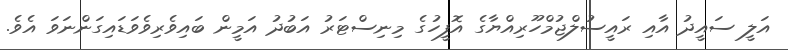
އަލީ ސައީދު އާއި ރައީސުލްޖުމްހޫރިއްޔާގެ އޮފީހުގެ މިނިސްޓަރު އަބުދު އަމީން ބައިވެރިވެވަޑައިގަންނަވަ އެވެ.